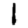
Digit: 1